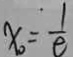
x _ { 0 } = \frac { 1 } { e }